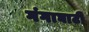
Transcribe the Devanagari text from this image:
गंगाघाटी